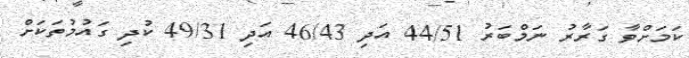
ކަމަށްވާ ގަރާރު ނަމްބަރު 44/51 އަދި 46/43 އަދި 49/31 ކުދި ގައުމުތަކަށް